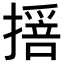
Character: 𢵾